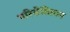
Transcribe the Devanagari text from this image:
परिसेविताम